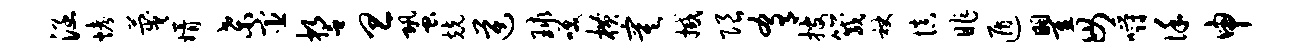
涵烤蔑婿桑宦誓旦蛩兢逆球笑横寞撼限肴搜箴袂慎昨遁瞿毋嚼谨申